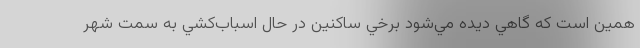
همين است كه گاهي ديده مي‌شود برخي ساكنين در حال اسباب‌كشي به سمت شهر